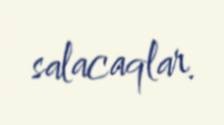
salacaqlar.